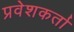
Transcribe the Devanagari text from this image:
प्रवेशकर्ता